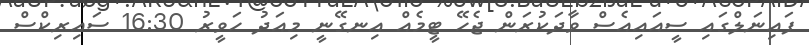
ފައިނަލްގައި ސީއައިއެސް ވާދަކުރަން ޖެހޭ ޓީމެއް އިނގޭނީ މިއަދު ހަވީރު 16:30 ސައިރިކްސް